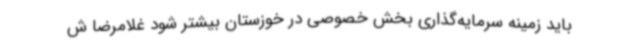
باید زمینه‌ سرمایه‌گذاری بخش خصوصی در خوزستان بیشتر شود غلامرضا ش